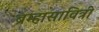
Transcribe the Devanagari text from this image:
ब्रम्हासावित्री